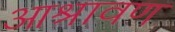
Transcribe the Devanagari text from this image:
आश्रावण